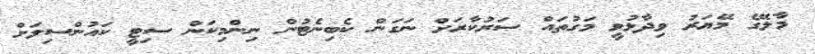
މާލޭގެ މޭޔަރު ވިދާޅުވީ މަގުތައް ސަރުކާރަށް ނަގަން ކެބިނެޓުން ނިންމިކަން ސިޓީ ކައުންސިލަށް